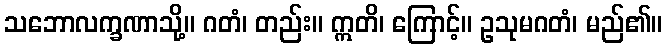
သဘောလက္ခဏာသို့။ ဂတံ၊ တည်း။ ဣတိ၊ ကြောင့်။ ဥသုမဂတံ၊ မည်၏။